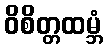
ဝိစိတ္တထမ္ဘံ